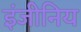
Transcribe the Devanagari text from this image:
इंजीनिय